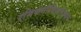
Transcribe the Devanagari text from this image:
रसिकगोविंदानंदधन